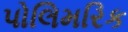
પોલિમરિક